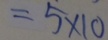
= 5 \times 1 0